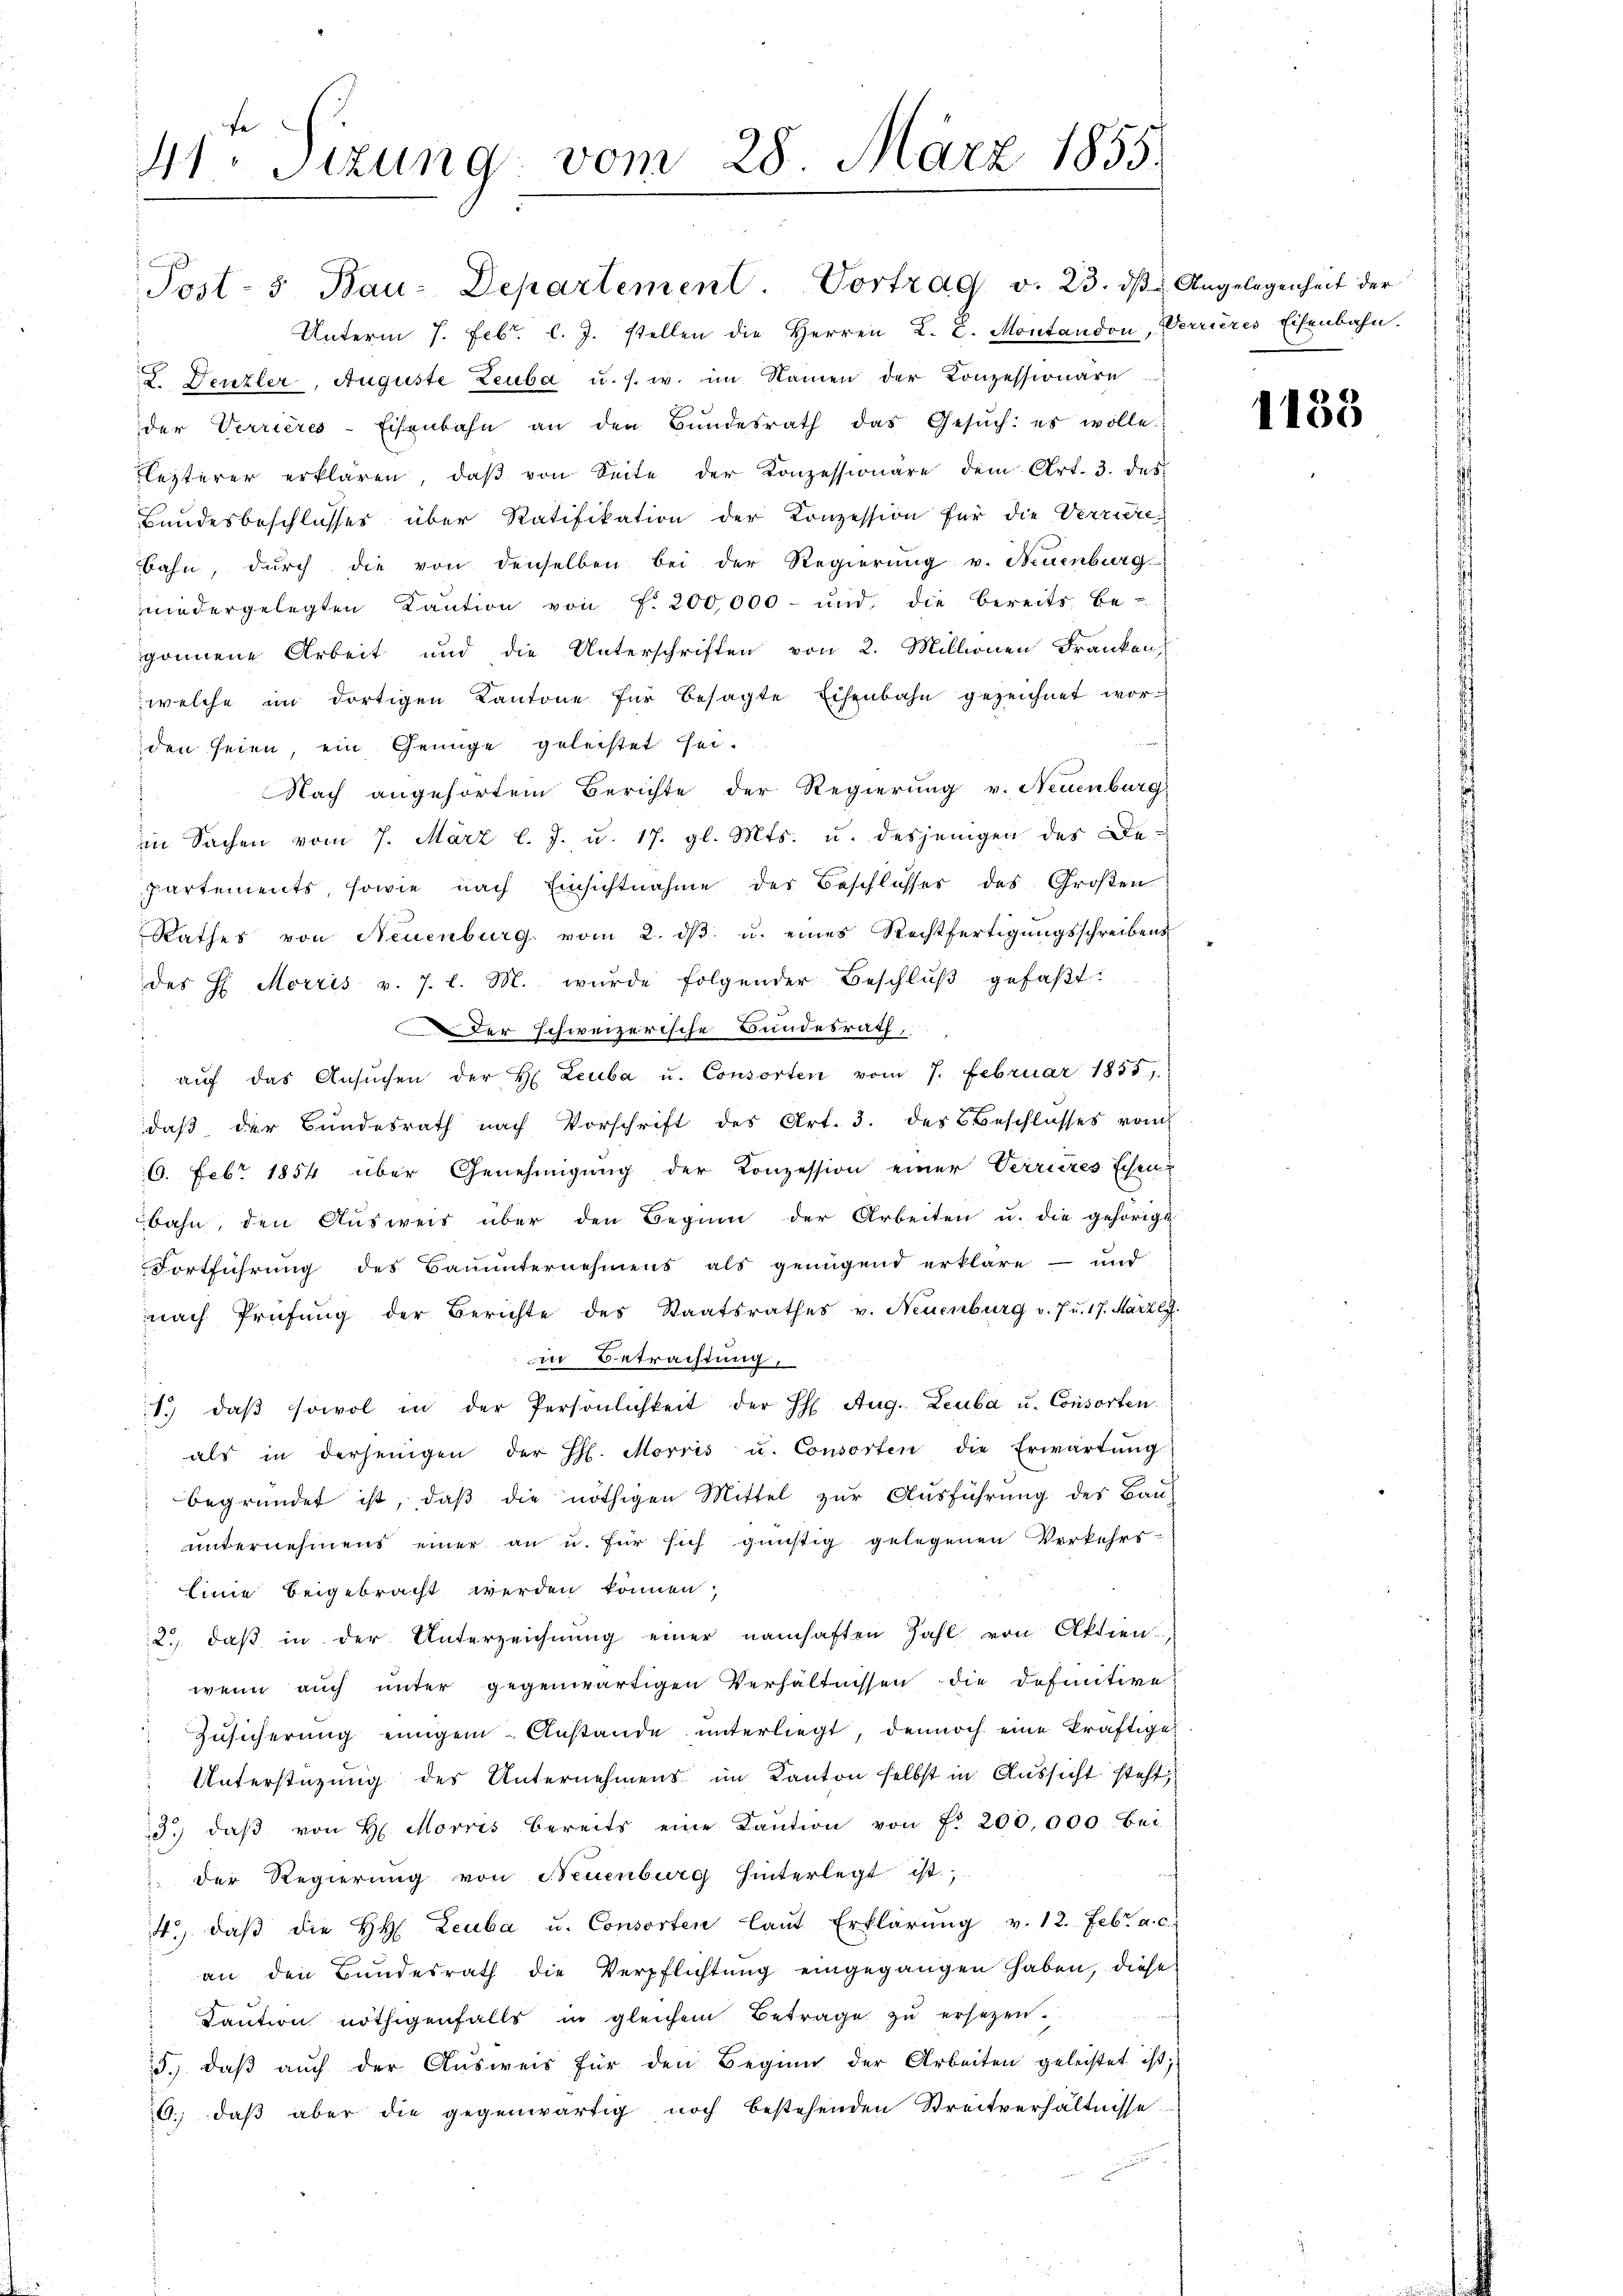
41. Sizung vom 28. März 1855.

Unterm 7. Febr. l. J. stellen die Herren L. Z. Montandon, Verrieres Eisenbahn.
2. Denzler, Auguste Leuba u. s. w. im Namen der Konzessionäre
der Verrières-Eisenbahn an den Bŭndesrath das Gesŭch: es wolle:
Flezterer erklären, daβ von Seite der Konzessionäre dem Art. 3. des
Bundesbeschlusses über Ratifikation der Konzession für die Verriere
bahn, durch die von denselben bei der Regierung v. Neuenburg
niedergelegten Kaŭtion von f. 200,000 und die bereits be-
gönnene Arbeit und die Unterschriften von 2. Millionen Franken
welche im dortigen Kantone für besagte Eisenbahn gezeichnet worden seien, ein Genüge geleistet sei.
Nach angehörtem Berichte der Regierung v. Neuenburg
in Sachen vom 7. März l. J. u. 17. gl. Mts. u. desjenigen des Be-
partements, sowie nach Einsichtnahme der Beschlosses des Großen
Rathes von Neuenburg vom 2. dβ u. eines Rechtfertigŭngsschreibens
des H. Morris v. J. l. M. wurde folgender Beschlŭβ gefaβt:
Der schweizerische Bundesrath,
aŭf das Ansŭchen der H. Leuba u. Consorten vom 7. Februar 1855,
daβ der Bundesrath nach Vorschrift des Art. 3. des Beschlŭsses vom
6. Febr 1854 über Genehmigung der Konzession einer Verrieres schen
bahn, den Ausweis über den Beginn der Arbeiten u. die gehörige
Fortführung des Bauunternehmens als genügend erkläre - und
nach Prüfung der Berichte des Staatsrathes v. Neuenburg v. J. 17. März lJ.
in Betrachtung,
1. daβ sowol in der Persönlichkeit der H. Aug. Leuba u. Consorten
als in derjenigen der H. Morris u. Consorten die Erwartung
begründet ist, daß die nöthigen Mittel zur Ausführung des Bau-
unternehmens einer an u. für sich günstig gelegenen Verkehrs-
Linie beigebracht werden können;
2.) daß in der Unterzeichnung einer namhaften Zahl von Aktien,
wenn aŭch ŭnter gegenwärtigen Verhältnissen die definitive
Zusicherung einigem Anstande unterliegt, dennoch eine kräftigen
Unterstüzung des Unternehmens im Kanton selbst in Aussicht steht
3.) daβ von H. Morris bereits eine Kaŭtion von f. 200,000 Bei-
 der Regierŭng von Neuenburg hinterlegt ist,
4., daβ die H. Leuba u. Consorten laŭt Erklärŭng v. 12. Febr. a. c.
an den Bundesrath die Verpflichtung eingegangen haben, diese
Kaution nöthigenfalls in gleichem Betrage zu ersetzen.
5.) daβ aŭch der Aŭsweis für den Beginn der Arbeiten geleistet ist;
6. daβ aber die gegenwärtig noch bestehenden Streitverhältnisse

Post-5 Bau-Departement. Vortrag v. 23. dβ Angelegenheit der

1185